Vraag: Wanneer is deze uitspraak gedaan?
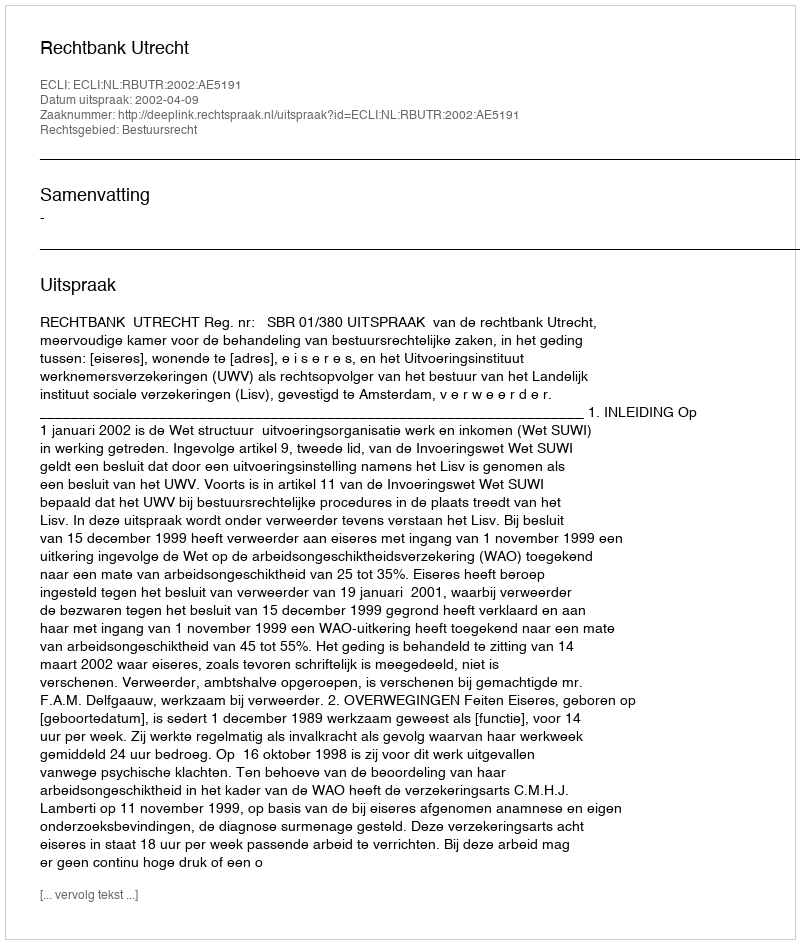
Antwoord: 2002-04-09